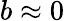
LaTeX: b\approx 0